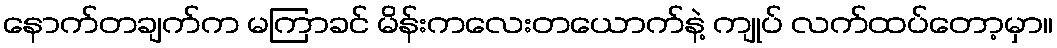
နောက်တချက်က မကြာခင် မိန်းကလေးတယောက်နဲ့ ကျုပ် လက်ထပ်တော့မှာ။